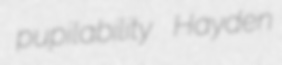
pupilability Hayden